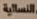
النسائية